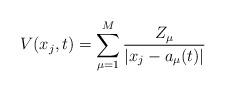
LaTeX: \begin{align*} V(x_j,t)=\sum_{\mu=1}^M\frac{Z_\mu}{|x_j-a_\mu(t)|}\end{align*}